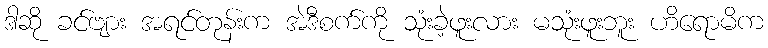
ဒါဆို ခင်ဗျား အရင်တုန်းက အဲဒီစက်ကို သုံးခဲ့ဖူးလား မသုံးဖူးဘူး ဟိရောမိက